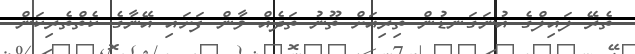
ތެރޭ ލައިލްގެ އުނަގަނޑުން ތިރިއަށް ތޫނު ތަދެއް ވާން ފަށައި އޭނާގެ ކެތްތެރިކަން